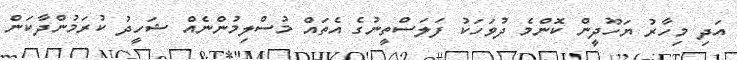
އަދި މިހާރު ޔަހޫދީން ކޮންމެ ދުވަހަކު ފަލަސްތީނުގެ އެތައް މުސްލިމުންނެއް ޝަހީދު ކުރަމުންދާކަން